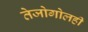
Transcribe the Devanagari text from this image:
तेजोगोलही